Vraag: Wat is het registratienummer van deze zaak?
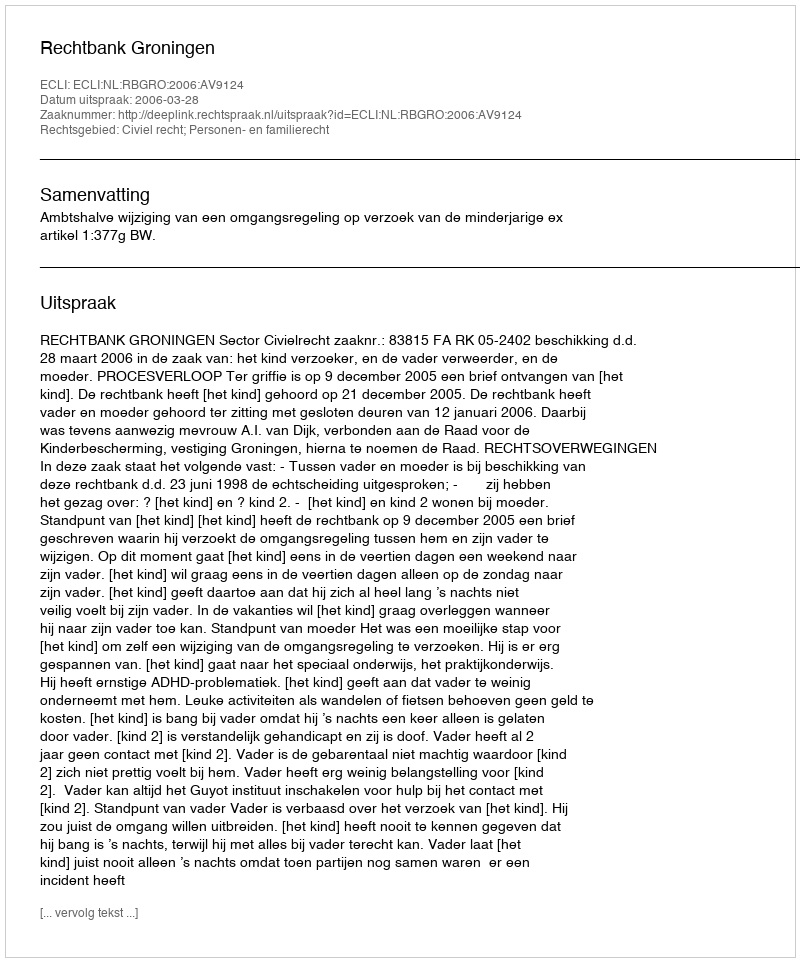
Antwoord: http://deeplink.rechtspraak.nl/uitspraak?id=ECLI:NL:RBGRO:2006:AV9124